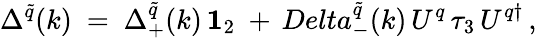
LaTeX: \Delta^{\tilde{q}}(k)\ =\ \Delta_{+}^{\tilde{q}}(k)\, {\mathbf 1}_{2}\ +\, Delta_{-}^{\tilde{q}}(k)\, U^{q}\, \tau_{3}\, U^{q\dagger}\, ,